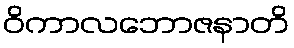
ဝိကာလဘောဇနာတိ